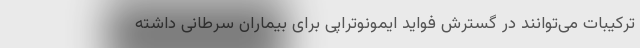
ترکیبات می‌توانند در گسترش فواید ایمونوتراپی برای بیماران سرطانی داشته